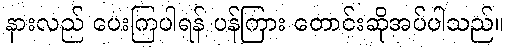
နားလည် ပေးကြပါရန် ပန်ကြား တောင်းဆိုအပ်ပါသည်။